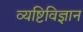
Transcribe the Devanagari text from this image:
व्यष्टिविज्ञान